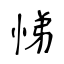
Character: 悌